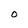
Character: O